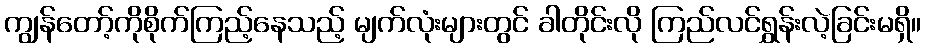
ကျွန်တော့်ကိုစိုက်ကြည့်နေသည့် မျက်လုံးများတွင် ခါတိုင်းလို ကြည်လင်ရွှန်းလဲ့ခြင်းမရှိ။